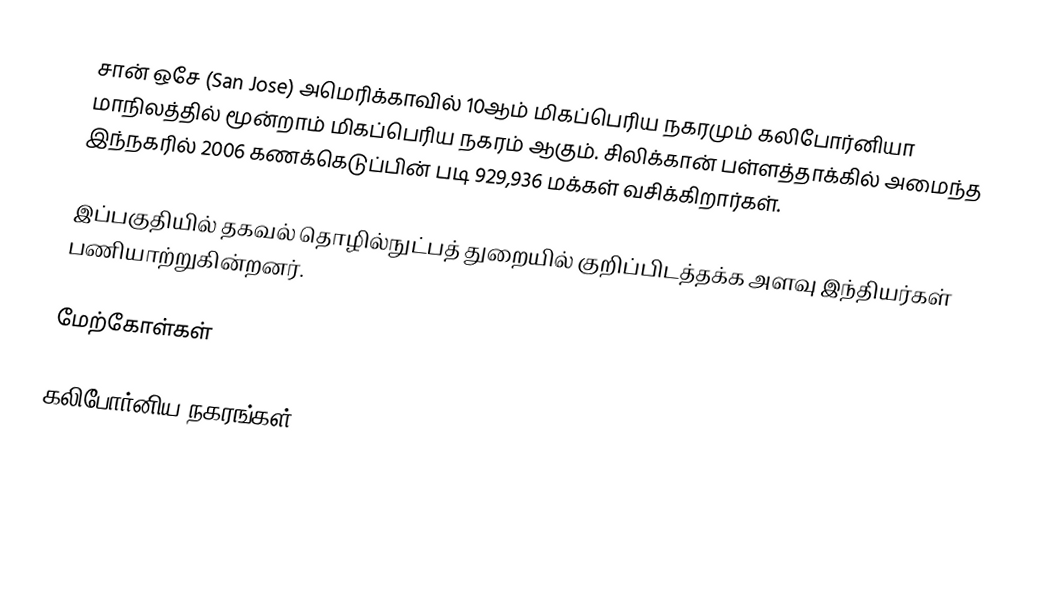
சான் ஒசே (San Jose) அமெரிக்காவில் 10ஆம் மிகப்பெரிய நகரமும் கலிபோர்னியா மாநிலத்தில் மூன்றாம் மிகப்பெரிய நகரம் ஆகும். சிலிக்கான் பள்ளத்தாக்கில் அமைந்த இந்நகரில் 2006 கணக்கெடுப்பின் படி 929,936 மக்கள் வசிக்கிறார்கள்.

இப்பகுதியில் தகவல் தொழில்நுட்பத் துறையில் குறிப்பிடத்தக்க அளவு இந்தியர்கள் பணியாற்றுகின்றனர்.

மேற்கோள்கள்

கலிபோர்னிய நகரங்கள்